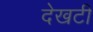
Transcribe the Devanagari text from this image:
देखटी